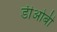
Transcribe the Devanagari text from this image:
डीओबी